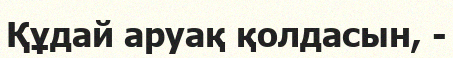
Құдай аруақ қолдасын, -